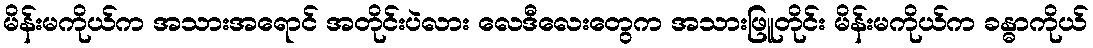
မိန်းမကိုယ်က အသားအရောင် အတိုင်းပဲလား လေဒီလေးတွေက အသားဖြူတိုင်း မိန်းမကိုယ်က ခန္ဓာကိုယ်